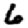
Digit: 6